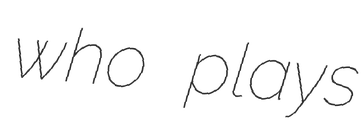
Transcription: who plays